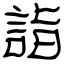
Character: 詣